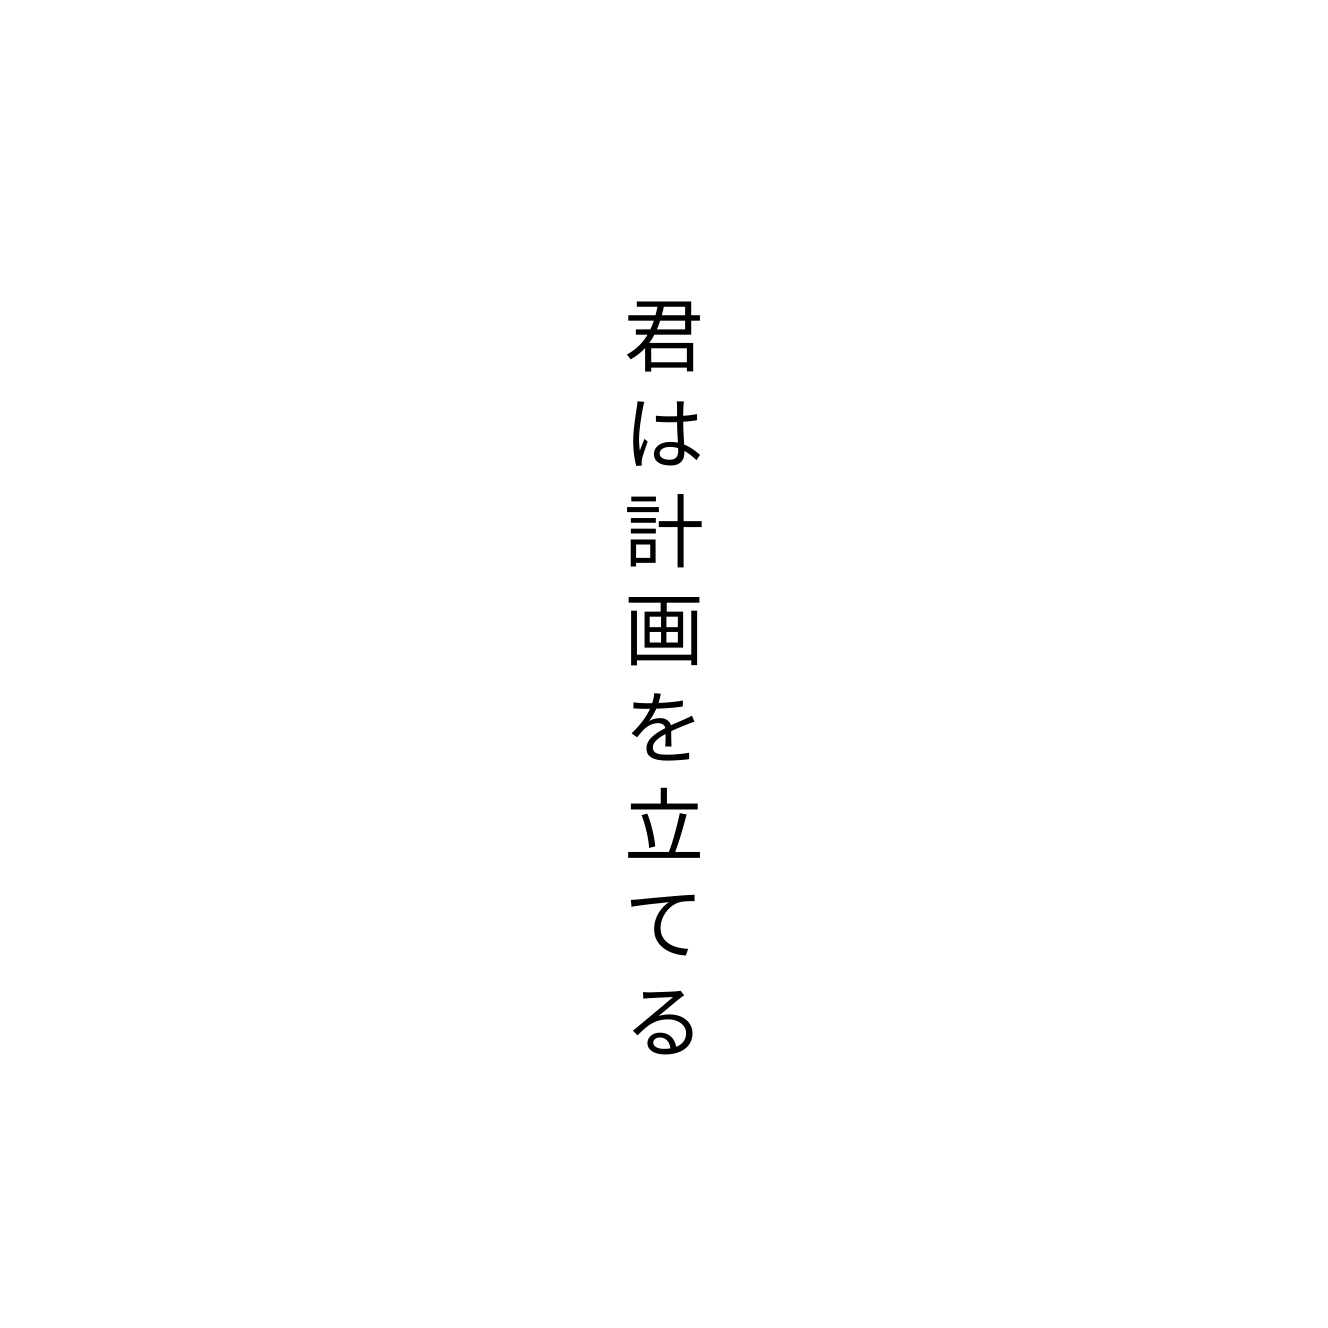
君は計画を立てる